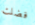
فضلت